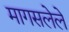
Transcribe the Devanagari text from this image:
मागसलेले